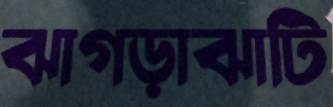
ঝাগড়াঝাটি